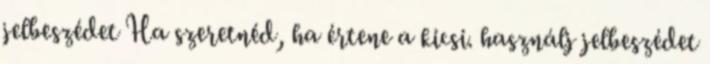
jelbeszédet Ha szeretnéd, ha értene a kicsi. használj jelbeszédet